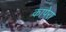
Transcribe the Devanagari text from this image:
कापेरा